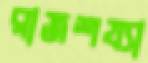
রাজশয্যা